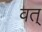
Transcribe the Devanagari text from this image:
वत्